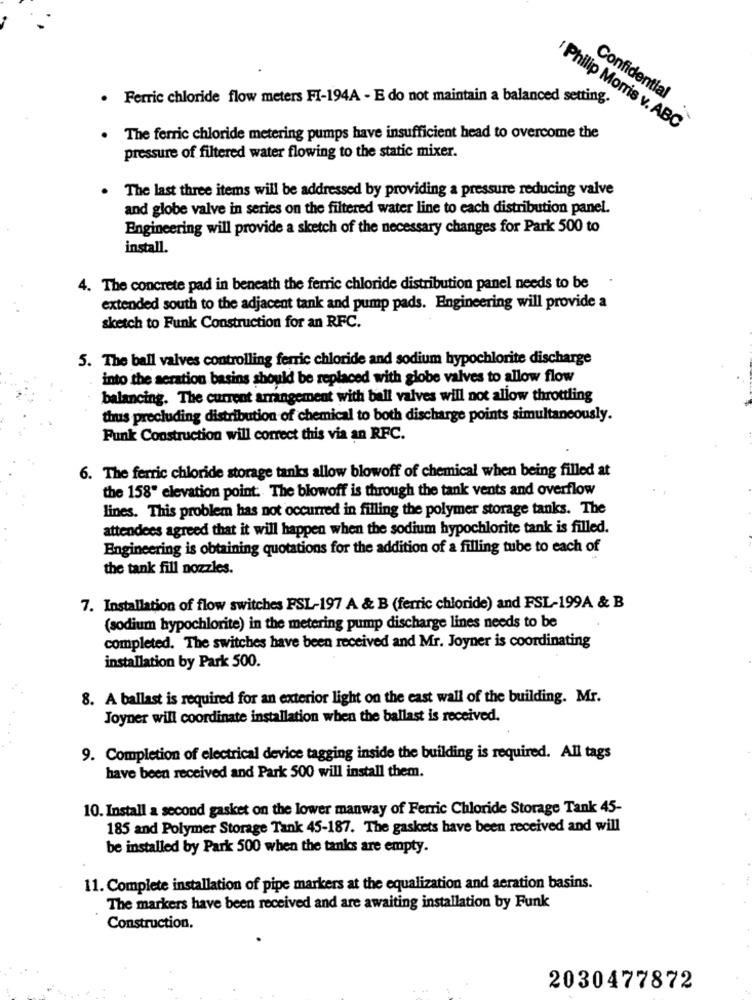
· Ferric chloride flow meters FI-194A - E do not maintain a balanced setting.
Confidential
Philip Morris v. ABC
The ferric chloride metering pumps have insufficient head to overcome the
pressure of filtered water flowing to the static mixer.
The last three items will be addressed by providing a pressure reducing valve
and globe valve in series on the filtered water line to each distribution panel.
Engineering will provide a sketch of the necessary changes for Park 500 to
install.
4. The concrete pad in beneath the ferric chloride distribution panel needs to be
extended south to the adjacent tank and pump pads. Engineering will provide a
sketch to Funk Construction for an RFC.
5. The ball valves controlling ferric chloride and sodium hypochlorite discharge
into the aeration basins should be replaced with globe valves to allow flow
balancing. The current arrangement with ball valves will not allow throttling
thus precluding distribution of chemical to both discharge points simultaneously.
Funk Construction will correct this via an RFC.
6. The ferric chloride storage tanks allow blowoff of chemical when being filled at
the 158" elevation point. The blowoff is through the tank vents and overflow
lines. This problem has not occurred in filling the polymer storage tanks. The
attendees agreed that it will happen when the sodium hypochlorite tank is filled.
Engineering is obtaining quotations for the addition of a filling tube to each of
the tank fill nozzles.
7. Installation of flow switches FSL-197 A & B (ferric chloride) and FSL-199A & B
(sodium hypochlorite) in the metering pump discharge lines needs to be
completed. The switches have been received and Mr. Joyner is coordinating
installation by Park 500.
8. A ballast is required for an exterior light on the east wall of the building. Mr.
Joyner will coordinate installation when the ballast is received.
9. Completion of electrical device tagging inside the building is required. All tags
have been received and Park 500 will install them.
10. Install a second gasket on the lower manway of Ferric Chloride Storage Tank 45-
185 and Polymer Storage Tank 45-187. The gaskets have been received and will
be installed by Park 500 when the tanks are empty.
11. Complete installation of pipe markers at the equalization and aeration basins.
The markers have been received and are awaiting installation by Funk
Construction.
2030477872